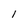
Character: I